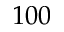
1 0 0